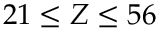
2 1 \leq Z \leq 5 6